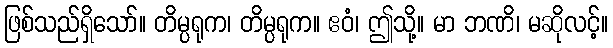
ဖြစ်သည်ရှိသော်။ တိမ္ပရုက၊ တိမ္ပရုက။ ဧဝံ၊ ဤသို့။ မာ ဘဏိ၊ မဆိုလင့်။